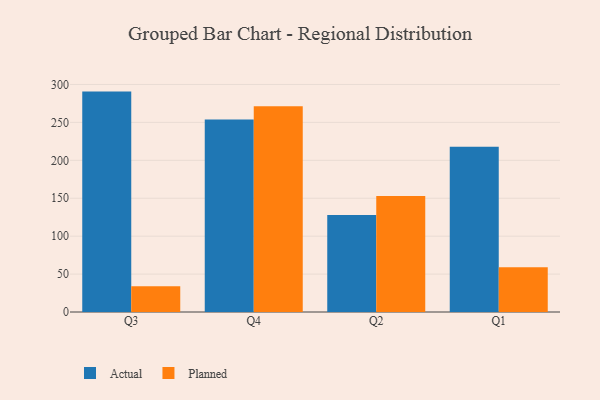
{"axis": {"x": "Quarter", "y": "Budget (USD K)"}, "legend": ["Actual", "Planned"], "data": [{"x": "Q3", "y": 290.6, "type": "Actual"}, {"x": "Q3", "y": 34.1, "type": "Planned"}, {"x": "Q4", "y": 253.9, "type": "Actual"}, {"x": "Q4", "y": 271.2, "type": "Planned"}, {"x": "Q2", "y": 127.8, "type": "Actual"}, {"x": "Q2", "y": 153.0, "type": "Planned"}, {"x": "Q1", "y": 217.9, "type": "Actual"}, {"x": "Q1", "y": 58.9, "type": "Planned"}]}